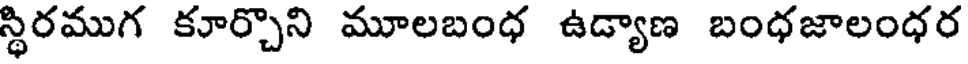
స్థిరముగ కూర్చొని మూలబంధ ఉడ్యాణ బంధజాలంధర